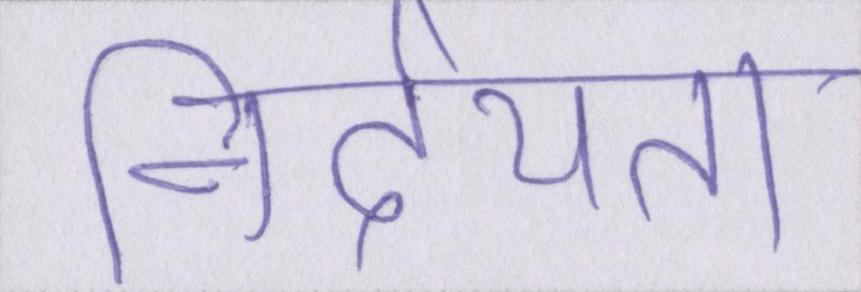
निर्दयता